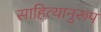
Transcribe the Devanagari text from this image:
साहित्यानुरूप